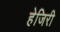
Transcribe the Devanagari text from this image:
हेजिरी